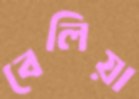
বেলিয়া